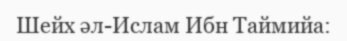
Шейх әл-Ислам Ибн Таймийа: